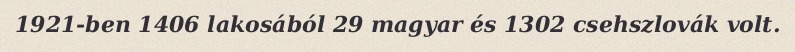
1921-ben 1406 lakosából 29 magyar és 1302 csehszlovák volt.